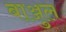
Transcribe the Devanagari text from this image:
बाञ्जुल